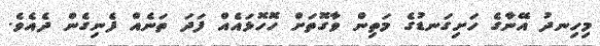
މިހިނދު އޭނާގެ ހަށިގަނޑުގެ މަތިން ވާގޮތަށް ހޮހޮޅައެއް ފަދަ ތަނެއް ފެނިގެން ދެއެވެ.